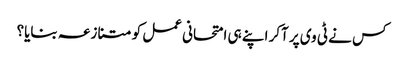
کس نے ٹی وی پر آکر اپنے ہی امتحانی عمل کو متنازعہ بنایا؟